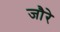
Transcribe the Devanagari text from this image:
जौरे